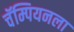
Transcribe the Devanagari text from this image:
चॅम्पियनला